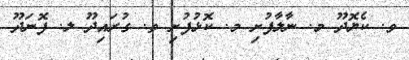
ވ. ކެޔޮދޫ މ. ނާލާފުށި މ. ކޮޅުފުށި ތ. ގުރައިދޫ ލ. ފޮނަދޫ